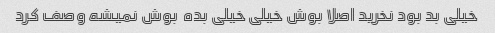
خیلی بد بود نخرید اصلا بوش خیلی خیلی بده  بوش نمیشه وصف کرد